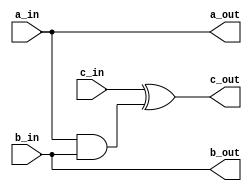
module toff_gate(a_in ,b_in ,c_in ,a_out ,b_out ,c_out);

input a_in,b_in,c_in;

output a_out,b_out,c_out;

assign a_out = a_in;

assign b_out = b_in;

assign c_out = c_in ^ (a_in & b_in);


endmodule